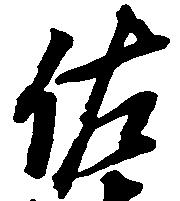
佐